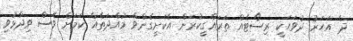
ދެ އަހަރު ދުވަހަކީ ރިސޯޓެއް ތަރައްގީކުރަން އެކަށީގެންވާ މުއްދަތެއް ކަމަށް ވެސް ވިދާޅުވި